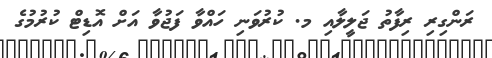
ރަންގިރި ރިފާތު ޖަލީލާއި މ. ކުރުވަނި ހައްވާ ފަޖުވާ އަށް އޮޑިޓް ކުރުމުގެ